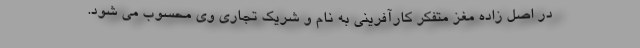
در اصل زاده مغز متفکر کارآفرینی به نام و شریک تجاری وی محسوب می شود.